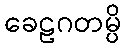
ခေဠဂတမ္ပိ